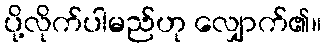
ပို့လိုက်ပါမည်ဟု လျှောက်၏။